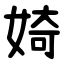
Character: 婍